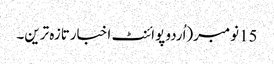
15نومبر(اُردو پوائنٹ اخبارتازہ ترین۔